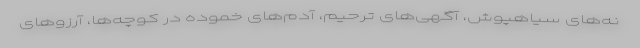
نه‌های سیاهپوش، آگهی‌های ترحیم، آدم‌های خموده در کوچه‌ها، آرزوهای